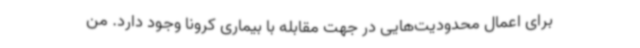
برای اعمال محدودیت‌هایی در جهت مقابله با بیماری کرونا وجود دارد. من